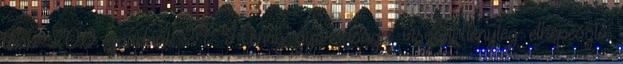
több 200 yardnál. A Henry gyorsasága viszont tényleg elképesztő